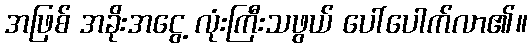
အဖြစ် အခိုးအငွေ့ လုံးကြီးသဖွယ် ပေါ်ပေါက်လာ၏။